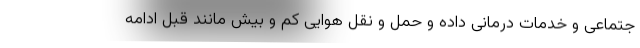
جتماعی و خدمات درمانی داده و حمل و نقل هوایی کم و بیش مانند قبل ادامه